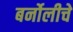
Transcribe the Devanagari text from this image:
बर्नोलीचे